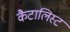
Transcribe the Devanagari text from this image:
कैटालिस्ट